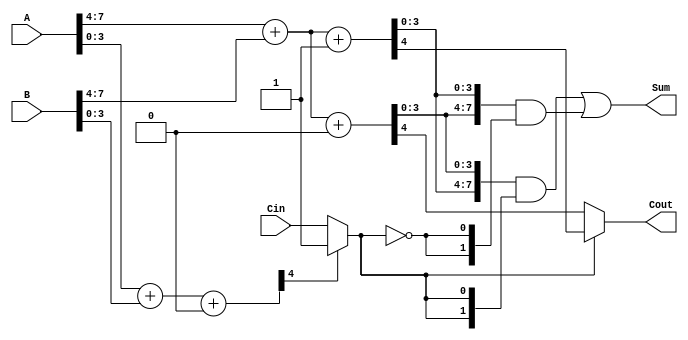
module CarrySelectAdder #(parameter N = 8, parameter K = 4) (
    input  [N-1:0] A,      // First n-bit input
    input  [N-1:0] B,      // Second n-bit input
    input  Cin,            // Carry input
    output [N-1:0] Sum,    // Sum output
    output Cout            // Carry output
);

    // Number of segments
    localparam NUM_SEGMENTS = N / K;

    // Intermediate signals
    wire [K-1:0] S0 [0:NUM_SEGMENTS-1]; // Sums with carry-in = 0
    wire [K-1:0] S1 [0:NUM_SEGMENTS-1]; // Sums with carry-in = 1
    wire C0 [0:NUM_SEGMENTS-1];          // Carry out with carry-in = 0
    wire C1 [0:NUM_SEGMENTS-1];          // Carry out with carry-in = 1
    wire [NUM_SEGMENTS-1:0] carry_select; // Carry selection signals

    // Generate the segments
    genvar i;
    generate
        for (i = 0; i < NUM_SEGMENTS; i = i + 1) begin : segment
            // Calculate the indices for the segment
            wire [K-1:0] A_segment = A[(i+1)*K-1:i*K];
            wire [K-1:0] B_segment = B[(i+1)*K-1:i*K];

            // Instantiate two adders for each segment
            // Adder with carry-in = 0
            assign {C0[i], S0[i]} = A_segment + B_segment + 1'b0;
            // Adder with carry-in = 1
            assign {C1[i], S1[i]} = A_segment + B_segment + 1'b1;
        end
    endgenerate

    // Carry selection logic
    assign carry_select[0] = Cin; // First segment uses the carry input directly
    generate
        for (i = 1; i < NUM_SEGMENTS; i = i + 1) begin : carry_selection
            assign carry_select[i] = C0[i-1] ? 1'b1 : Cin; // Select carry based on previous carry out
        end
    endgenerate

    // Final sum and carry out
    wire [N-1:0] final_sum;
    assign final_sum = {S1[NUM_SEGMENTS-1], S0[NUM_SEGMENTS-1]} & {NUM_SEGMENTS{carry_select[NUM_SEGMENTS-1]}} | 
                       {S0[NUM_SEGMENTS-1], S1[NUM_SEGMENTS-1]} & {NUM_SEGMENTS{~carry_select[NUM_SEGMENTS-1]}};

    assign Sum = {final_sum};
    assign Cout = carry_select[NUM_SEGMENTS-1] ? C1[NUM_SEGMENTS-1] : C0[NUM_SEGMENTS-1];

endmodule